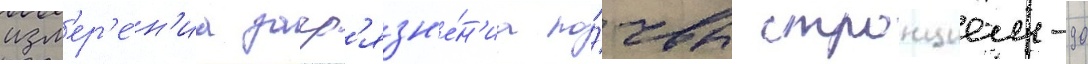
изм'ер'е́н'иа загр'язн'е́н'иа по́чвы стронцием-90